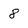
Character: 8